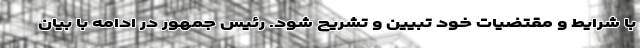
با شرایط و مقتضیات خود تبیین و تشریح شود. رئیس جمهور در ادامه با بیان